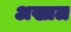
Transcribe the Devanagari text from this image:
अख्तल